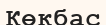
Көкбас